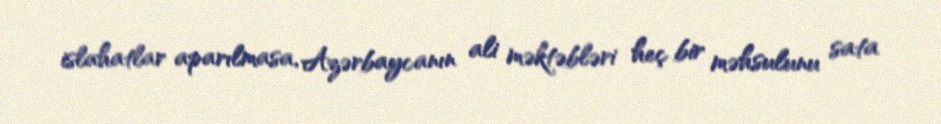
islahatlar aparılmasa, Azərbaycanın ali məktəbləri heç bir məhsulunu sata